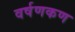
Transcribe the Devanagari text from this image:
वर्षणकण